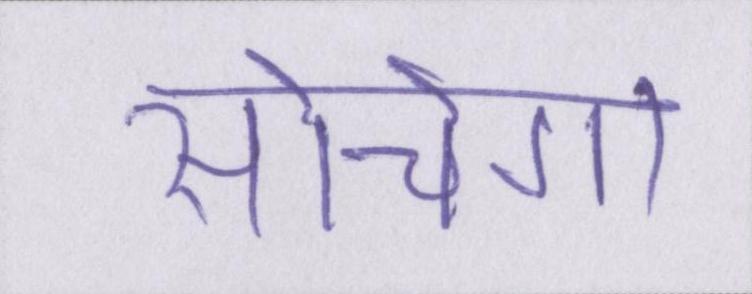
सोचेगा